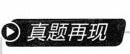
真题再现